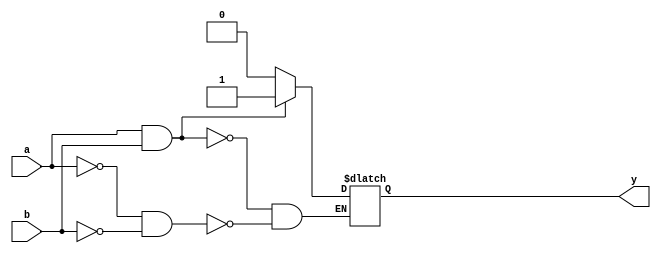
module th22x8_ref (y,a,b);
 output y;
 input a;
 input b;
 reg yi;
  always @(a or b) begin
   if (((a) & (b))) 
    begin
      yi <=  1;
    end
    else if (((a==0) & (b==0))) 
    begin
      yi <=  0;
    end
   end
  assign #1 y = yi; 
endmodule